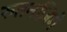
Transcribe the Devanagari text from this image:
रुतनज़िगे